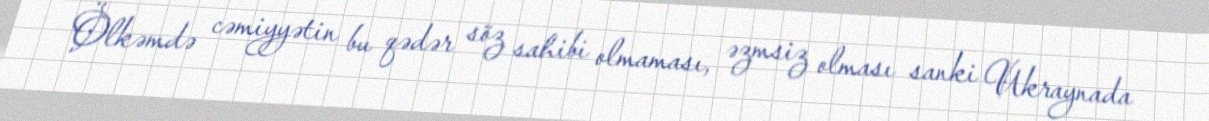
Ölkəmdə cəmiyyətin bu qədər söz sahibi olmaması, əzmsiz olması sanki Ukraynada